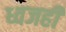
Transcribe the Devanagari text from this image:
ध्वजही